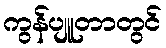
ကွန်ပျူတာတွင်